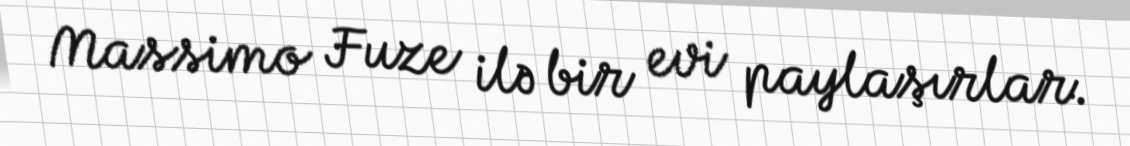
Massimo Fuze ilə bir evi paylaşırlar.